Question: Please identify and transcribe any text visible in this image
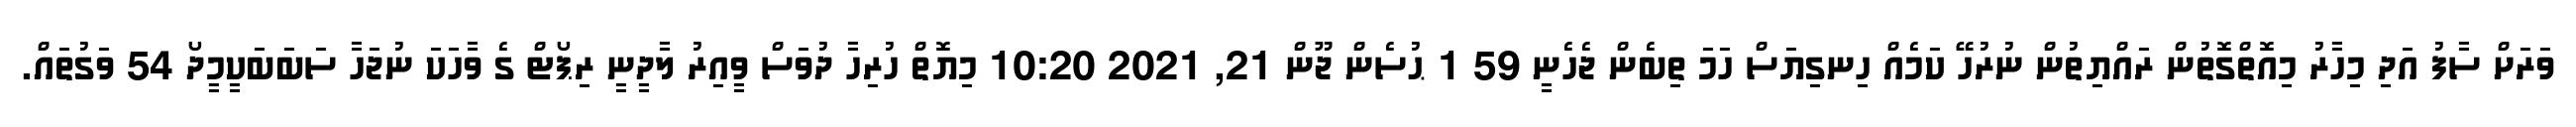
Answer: ވަރަށް ސާފު އަދި މިހާރު މިއޮތްގޮތުން ރައްޔިތުން ނުރުހޭ ކަމެއް ހިނގިޔަސް ހަމަ ތިބެން ޖެހެނީ 59 1 ޙުސެން ޖޫން 21, 2021 10:20 މިޔޮތް ހުރިހާ ދުވަސް ވީއިރު ލާދީނީ ރިޕޯޓް ގެ ވާހަކަ ނުޖަހާ ސަބަބަކީމީދޯ 54 ވަގުތައް.